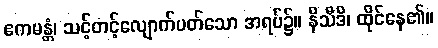
ဧကမန္တံ၊ သင့်တင့်လျောက်ပတ်သော အရပ်၌။ နိသီဒိ၊ ထိုင်နေ၏။